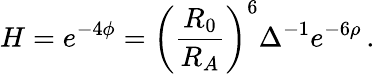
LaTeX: H=e^{-4\phi}=\left(\frac{R_{0}}{R_{A}}\right)^{6}\Delta^{-1}e^{-6\rho}\, .